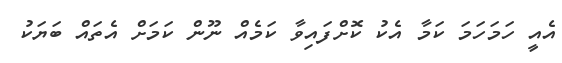
އެއީ ހަމަހަމަ ކަމާ އެކު ކޮށްފައިވާ ކަމެއް ނޫން ކަމަށް އެތައް ބަޔަކު